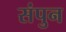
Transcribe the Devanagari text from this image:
संपुन